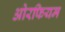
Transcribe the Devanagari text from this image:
ओरफियम